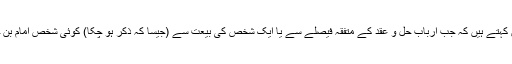
مفسر قرطبی مذکورہ آیت کی تفسیر کے پندرھویں مسئلے میں کہتے ہیں کہ جب ارباب حل و عقد کے متفقہ فیصلے سے یا ایک شخص کی بیعت سے (جیسا کہ ذکر ہو چکا) کوئی شخص امام بن جائے تو پھر اس کی بیعت تمام لوگوں پر واجب ہو جائے گی۔